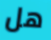
هل